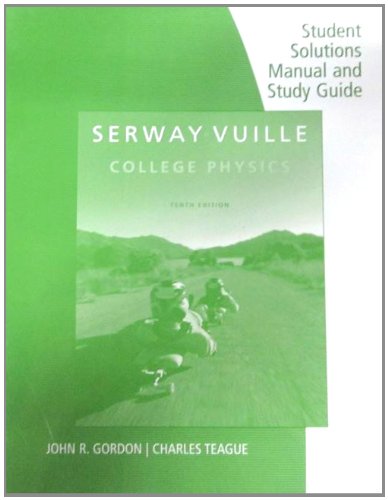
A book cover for Student Solutions Manual with Study Guide, Volume 1 for Serway/Vuille's College Physics, 10th; Raymond A. Serway; Science & Math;